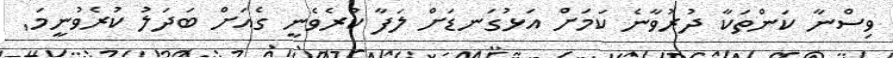
ވިސްނާ ކަންތަކާ ދުރުވާނެ ކަމަށް އަޅުގަނޑަށް ލަފާ ކުރެވެނީ ގެއަށް ބަދަލު ކުރެވުނީމަ